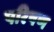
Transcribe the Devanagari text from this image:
परिषण